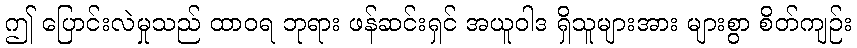
ဤ ပြောင်းလဲမှုသည် ထာဝရ ဘုရား ဖန်ဆင်းရှင် အယူဝါဒ ရှိသူများအား များစွာ စိတ်ကျဉ်း